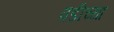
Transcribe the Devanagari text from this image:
वडीच्या